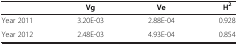
<table><thead><tr><td><b> </b></td><td><b>Vg</b></td><td><b>Ve</b></td><td><b>H<sup>2</sup></b></td></tr></thead><tbody><tr><td>Year 2011</td><td>3.20E-03</td><td>2.88E-04</td><td>0.928</td></tr><tr><td>Year 2012</td><td>2.48E-03</td><td>4.93E-04</td><td>0.854</td></tr></tbody></table>